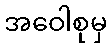
အဝေါစုမှ